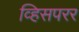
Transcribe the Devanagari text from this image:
व्हिसपरर